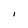
Character: I